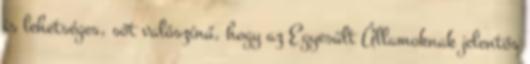
is lehetséges, sőt valószínű, hogy az Egyesült Államoknak jelentős